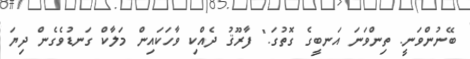
ބޭނުންވަނީ. ތިންވަނަ އަނބީގެ ގޮތުގަ." ފާރޫޤު ދެއްކި ވާހަކައިން މަލާކް ގަނޑުވެގެން ދިޔަ